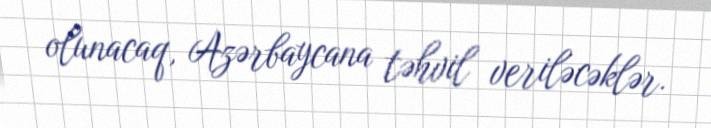
olunacaq, Azərbaycana təhvil veriləcəklər.